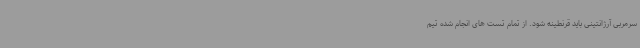
سرمربی آرژانتینی باید قرنطینه شود. از تمام تست های انجام شده تیم